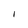
Character: I